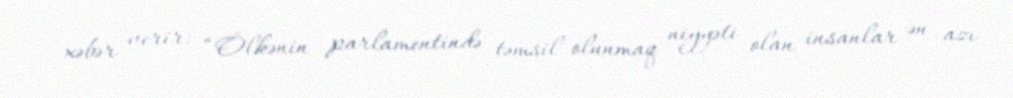
xəbər verir: “Ölkənin parlamentində təmsil olunmaq niyyəti olan insanlar ən azı